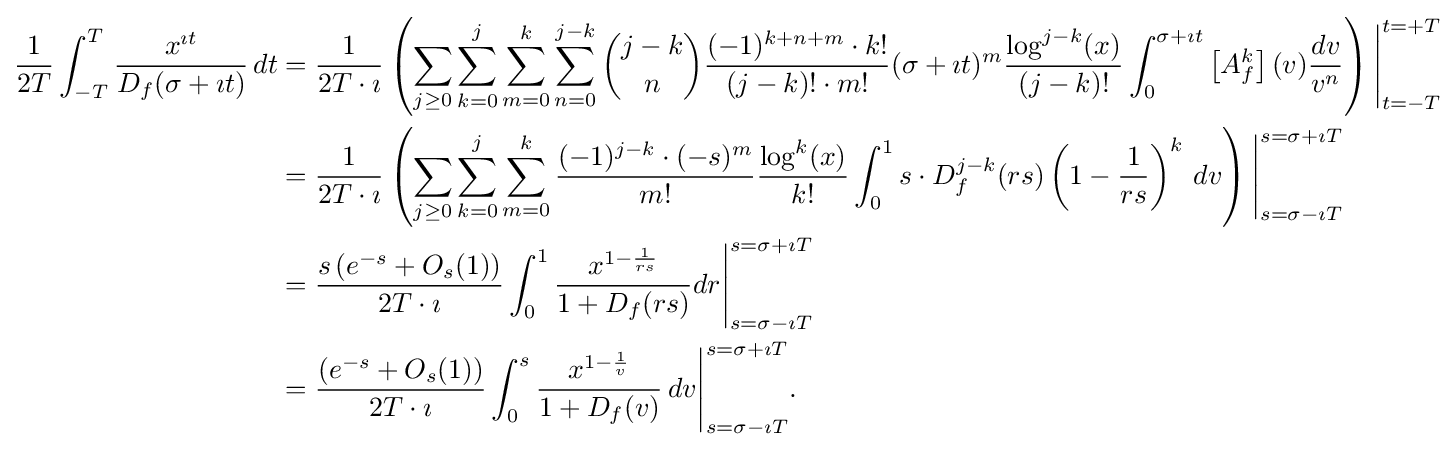
{\begin{aligned}{\frac {1}{2T}}\int _{-T}^{T}{\frac {x^{\imath t}}{D_{f}(\sigma +\imath t)}}\,dt&={\frac {1}{2T\cdot \imath }}\left(\sum _{j\geq 0}\sum _{k=0}^{j}\sum _{m=0}^{k}\sum _{n=0}^{j-k}{\binom {j-k}{n}}{\frac {(-1)^{k+n+m}\cdot k!}{(j-k)!\cdot m!}}(\sigma +\imath t)^{m}{\frac {\log ^{j-k}(x)}{(j-k)!}}\int _{0}^{\sigma +\imath t}\left[A_{f}^{k}\right](v){\frac {dv}{v^{n}}}\right){\Biggr |}_{t=-T}^{t=+T}\\&={\frac {1}{2T\cdot \imath }}\left(\sum _{j\geq 0}\sum _{k=0}^{j}\sum _{m=0}^{k}{\frac {(-1)^{j-k}\cdot (-s)^{m}}{m!}}{\frac {\log ^{k}(x)}{k!}}\int _{0}^{1}s\cdot D_{f}^{j-k}(rs)\left(1-{\frac {1}{rs}}\right)^{k}\,dv\right){\Biggr |}_{s=\sigma -\imath T}^{s=\sigma +\imath T}\\&={\frac {s\left(e^{-s}+O_{s}(1)\right)}{2T\cdot \imath }}\int _{0}^{1}{\frac {x^{1-{\frac {1}{rs}}}}{1+D_{f}(rs)}}dr{\Biggr |}_{s=\sigma -\imath T}^{s=\sigma +\imath T}\\&={\frac {\left(e^{-s}+O_{s}(1)\right)}{2T\cdot \imath }}\int _{0}^{s}{\frac {x^{1-{\frac {1}{v}}}}{1+D_{f}(v)}}\,dv{\Biggr |}_{s=\sigma -\imath T}^{s=\sigma +\imath T}.\end{aligned}}